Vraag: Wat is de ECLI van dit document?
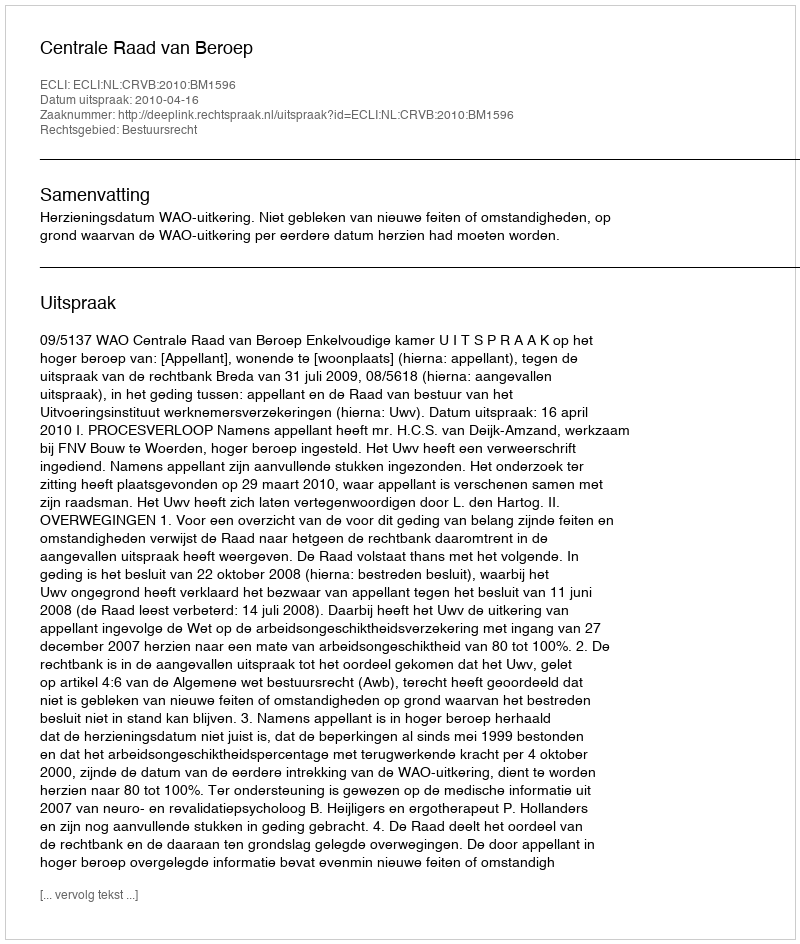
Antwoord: ECLI:NL:CRVB:2010:BM1596